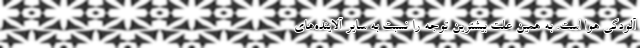
آلودگی هوا است. به همین علت بیشترین توجه را نسبت به سایر آلاینده‌های